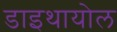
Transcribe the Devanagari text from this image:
डाइथायोल